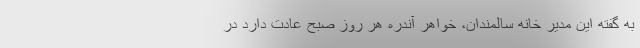
به گفته این مدیر خانه سالمندان، خواهر آندره هر روز صبح عادت دارد در